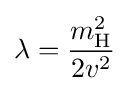
\lambda ={\frac {m_{\rm {H}}^{2}}{2v^{2}}}